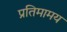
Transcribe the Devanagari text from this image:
प्रतिमामय